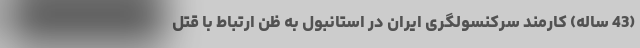
(43 ساله) کارمند سرکنسولگری ایران در استانبول به ظن ارتباط با قتل